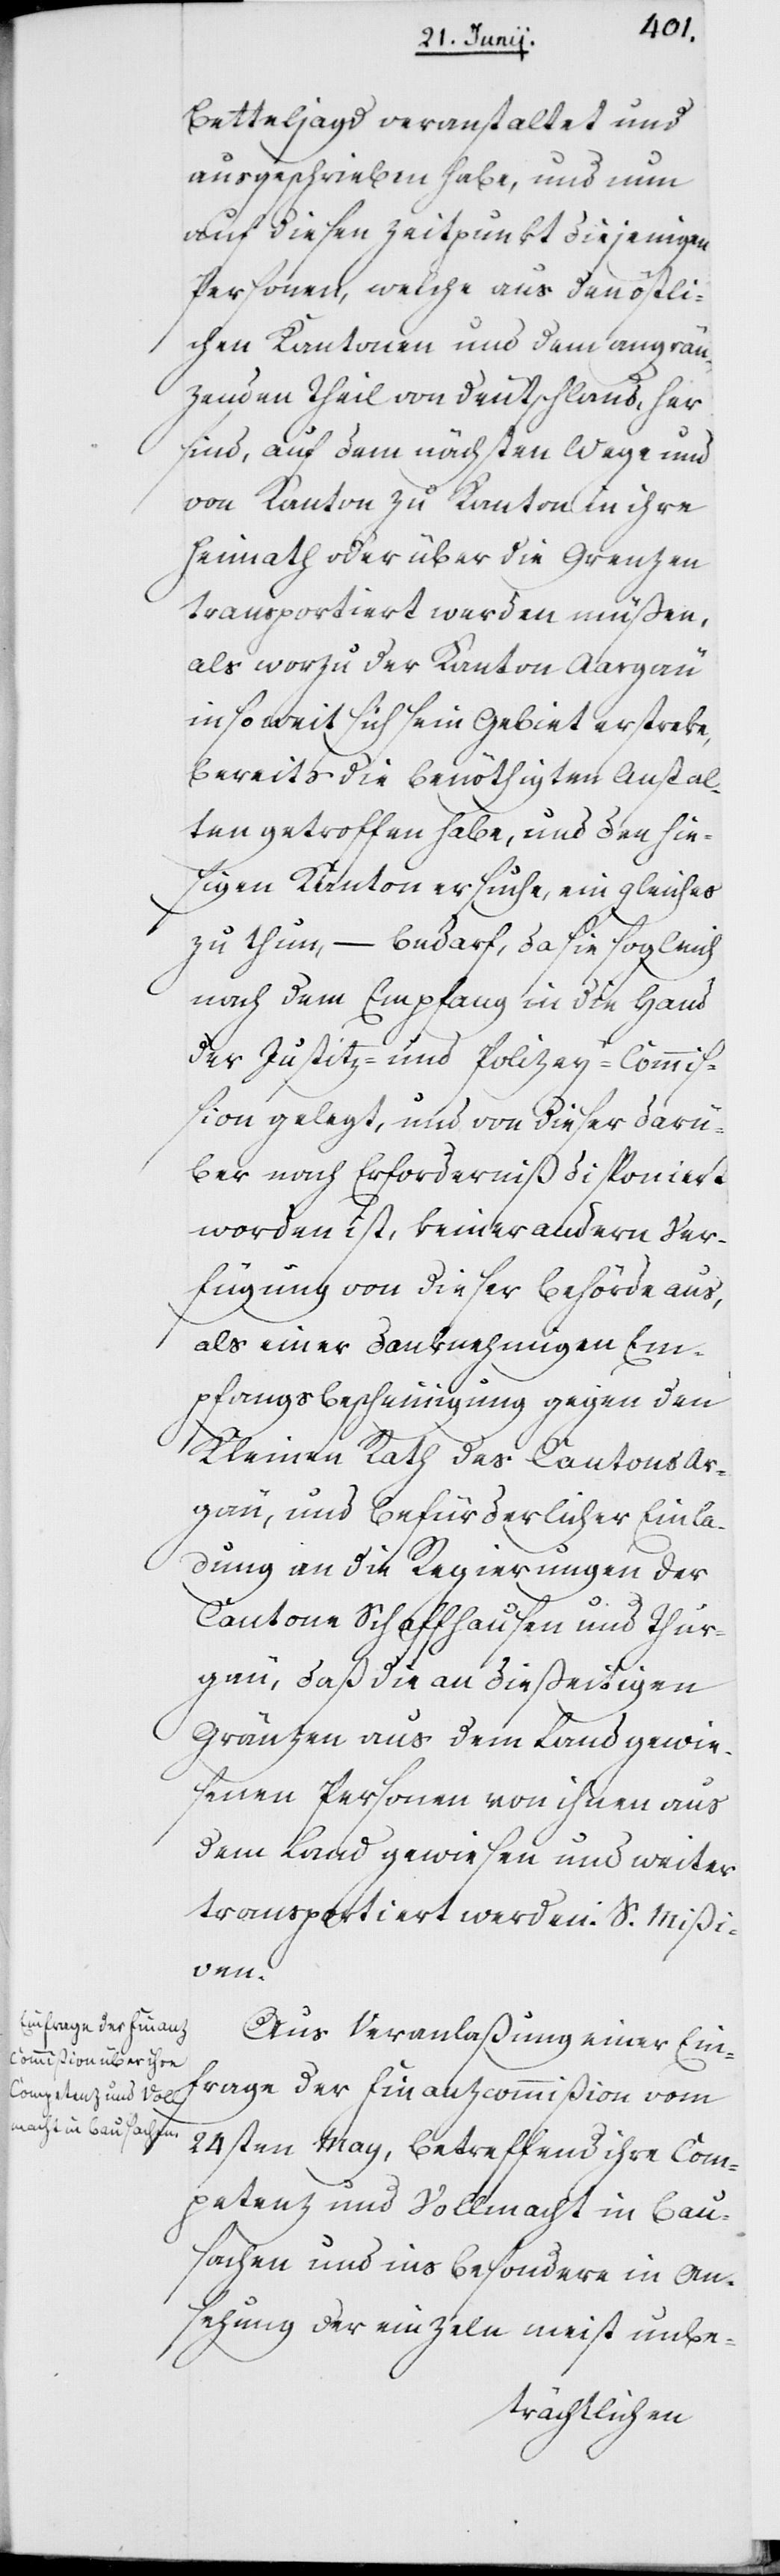
Betteljagd veranstaltet und
ausgeschrieben habe, und nun
auf diesen Zeitpunkt diejenigen
Personen, welche aus den östli¬
chen Kantonen und dem angren¬
zenden Theil von Deutschland, hier
sind, auf dem nächsten Wege und
von Kanton zu Kanton in ihre
Heimath oder über die Grenzen
transportiert werden müßen,
als worzu der Kanton Aargäu
insoweit sich sein Gebiet erstreke,
bereits die benöthigten Anstal¬
ten getroffen habe, und den hie¬
sigen Kanton ersuche, ein Gleiches
zu thun, – bedarf, da sie sogleich
nach dem Empfang in die Hand
der Justitz- und Polizey-Commi¬
ßion gelegt, und von dieser darü¬
ber nach Erforderniß disponiert
worden ist, keiner andern Ver¬
fügung von dieser Behörde aus,
als einer danknehmigen Em¬
pfangsbescheinigung gegen den
Kleinen Rath des Kantons Aar¬
gäu, und befürderlicher Einla¬
dung an die Regierungen der
Kantone Schaffhausen und Thur¬
gau, daß die an dießeitigen
Gränzen aus dem Land gewie¬
senen Personen von ihnen aus
dem Land gewiesen und weiter
transportiert werden. S. Mißi¬
ven.
Aus Veranlaßung einer Ein¬
frage der Finanzcommißion vom
24sten May, betreffend ihre Com¬
petenz und Vollmacht in Bau¬
sachen und insbesondere in An¬
sehung der einzeln meist unbe-